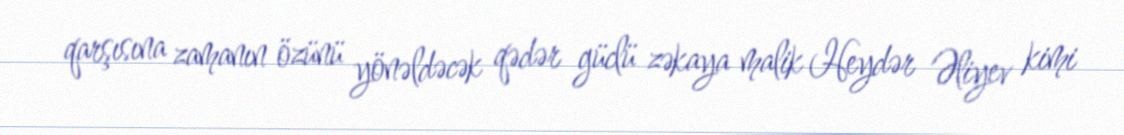
qarşısına zamanın özünü yönəldəcək qədər güclü zəkaya malik Heydər Əliyev kimi